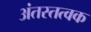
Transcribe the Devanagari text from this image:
अंतस्तत्वक